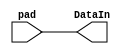
//////////////////////////////////////////////////
//////////////////////////////////////////////////

`timescale 1ns/1ps




`celldefine
module pad_in (DataIn, pad);
    input pad;
    output DataIn;
    buf		(DataIn, pad);
endmodule
`endcelldefine


`celldefine
module pad_out (DataOut, pad);
    input DataOut;
    output pad;
    buf		(pad, DataOut);
endmodule
`endcelldefine

`celldefine
module pad_bidirhe (DataIn, DataOut, pad, EN);
    input DataOut, EN;
    inout pad;
    output DataIn;

  //----- when EN is enabled, the signal is propagated from DataOut to pad (outpad)
  assign DataIn = EN ? 1'bz : pad;
  //----- when EN is disabled, the signal is propagated frompad to DataIn (inpad)
  assign pad = EN ? DataOut : 1'bz;
endmodule
`endcelldefine

`celldefine
module pad_vdd (VDD);
    inout VDD;
endmodule
`endcelldefine

`celldefine
module pad_gnd (VSS);
    inout VSS;
endmodule
`endcelldefine

`celldefine
module pad_corner ();
endmodule
`endcelldefine


`celldefine
module pad_ana (pad);
    inout pad;
endmodule
`endcelldefine